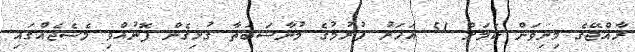
ރާއްޖޭގެ މިނިވަން ކަމަށް 51 އަހަރު ފުރުމުގެ މުނާސަބަތާ ގުޅިގެން ފޮނުއްވި މެސެޖެއްގައި